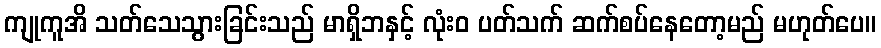
ကျုကူအိ သတ်သေသွားခြင်းသည် မာရှိဘနှင့် လုံးဝ ပတ်သက် ဆက်စပ်နေတော့မည် မဟုတ်ပေ။